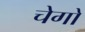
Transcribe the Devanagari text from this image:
चेगो